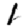
Digit: 1